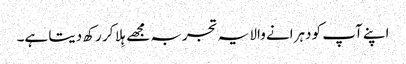
اپنے آپ کو دہرانے والا یہ تجربہ مجھے ہِلا کر رکھ دیتا ہے۔